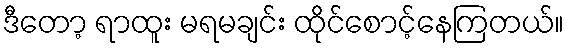
ဒီတော့ ရာထူး မရမချင်း ထိုင်စောင့်နေကြတယ်။